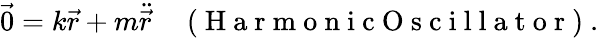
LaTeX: \vec{0}=k{\vec{r}}+m{\ddot{\vec{r}}}\enspace\enspace\mathrm{~(~H~a~r~m~o~n~i~c~O~s~c~i~l~l~a~t~o~r~)~}.